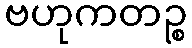
ဗဟုကတဉ္စ